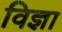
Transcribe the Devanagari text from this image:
विज्ञा